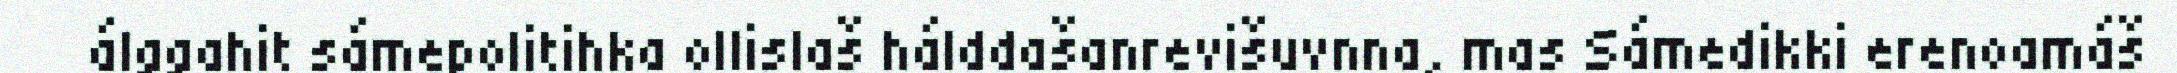
álggahit sámepolitihka ollislaš hálddašanrevišuvnna, mas Sámedikki erenoamáš